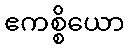
ဧကစ္စိယော